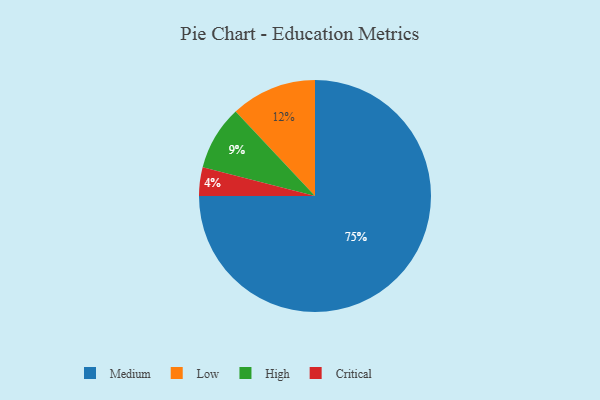
{"axis": {"x": "Category", "y": "Percentage"}, "legend": ["Critical", "High", "Low", "Medium"], "data": [{"x": "Medium", "y": 75, "type": "Medium"}, {"x": "Low", "y": 12, "type": "Low"}, {"x": "Critical", "y": 4, "type": "Critical"}, {"x": "High", "y": 9, "type": "High"}]}